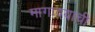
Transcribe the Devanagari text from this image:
मागावयाची